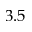
3 . 5